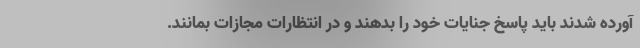
آورده شدند باید پاسخ جنایات خود را بدهند و در انتظارات مجازات بمانند.